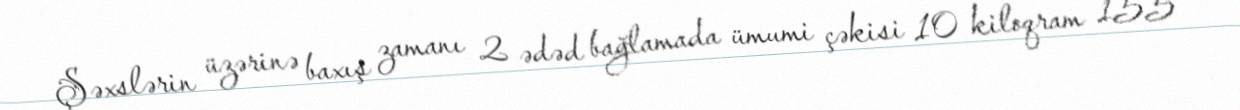
Şəxslərin üzərinə baxış zamanı 2 ədəd bağlamada ümumi çəkisi 10 kiloqram 155